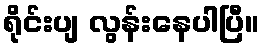
ရိုင်းပျ လွန်းနေပါပြီ။